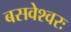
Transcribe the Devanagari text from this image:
बसवेश्वरः